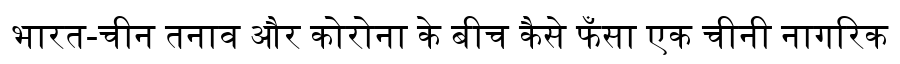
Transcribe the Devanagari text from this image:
भारत-चीन तनाव और कोरोना के बीच कैसे फँसा एक चीनी नागरिक